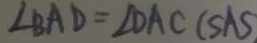
\angle B A D = \angle D A C ( S A S )